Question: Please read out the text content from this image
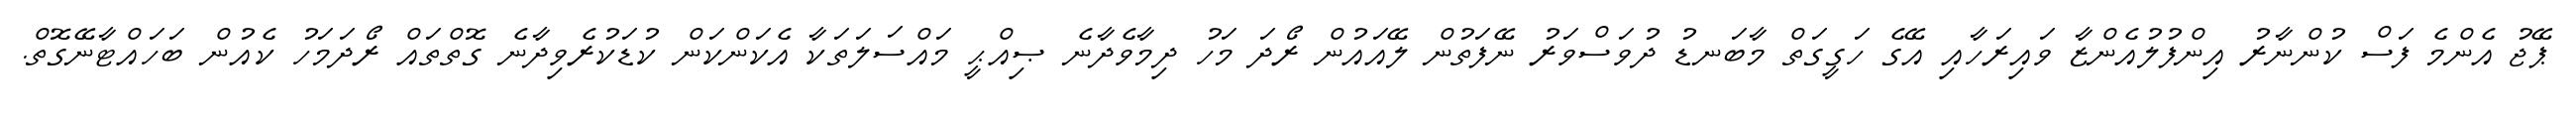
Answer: ޕޭޖު އެންމެ ފަސް ކުންނާރު އިންފުލުއެންޒާ ވައިރަހާއި އޭގެ ހަގީގަތް މާބަނޑު ދުވަސްވަރު ނޭފަތުން ލޭއައުން ރޯދަ މަހު ދިމާވެދާނެ ޞިއްޙީ މައްސަލަތަކާ އެކަންކަން ކުޑަކުރެވިދާނެ ގޮތްތައް ރޯދަމަހު ކެއުން ބަހައްޓާނޭގޮތް.